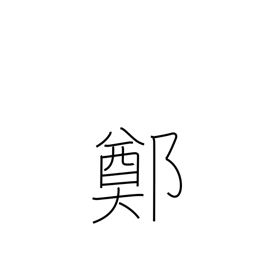
Meaning: an ancient Chinese province